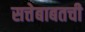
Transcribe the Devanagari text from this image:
सत्तेबाबतची